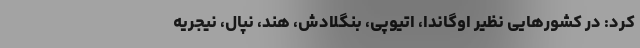
کرد: در کشورهایی نظیر اوگاندا، اتیوپی، بنگلادش، هند، نپال، نیجریه